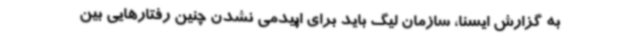
به گزارش ایسنا، سازمان لیگ باید برای اپیدمی نشدن چنین رفتارهایی بین